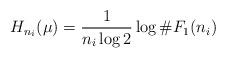
LaTeX: \begin{align*}H_{n_i}(\mu)=\frac{1}{n_i\log 2}\log \#F_1(n_i)\end{align*}